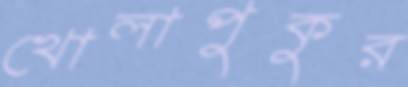
খোলাপুকুর